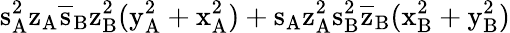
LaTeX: \mathrm{s_{A}^{2}\mathrm{z_{A}\mathrm{\overline{{s}}_{B}\mathrm{z_{B}^{2}(\mathrm{y_{A}^{2}+\mathrm{x_{A}^{2})+\mathrm{s_{A}\mathrm{z_{A}^{2}\mathrm{s_{B}^{2}\mathrm{\overline{{z}}_{B}(\mathrm{x_{B}^{2}+\mathrm{y_{B}^{2})}}}}}}}}}}}}